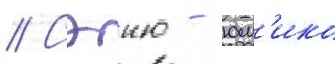
// Сэию - юм'ико